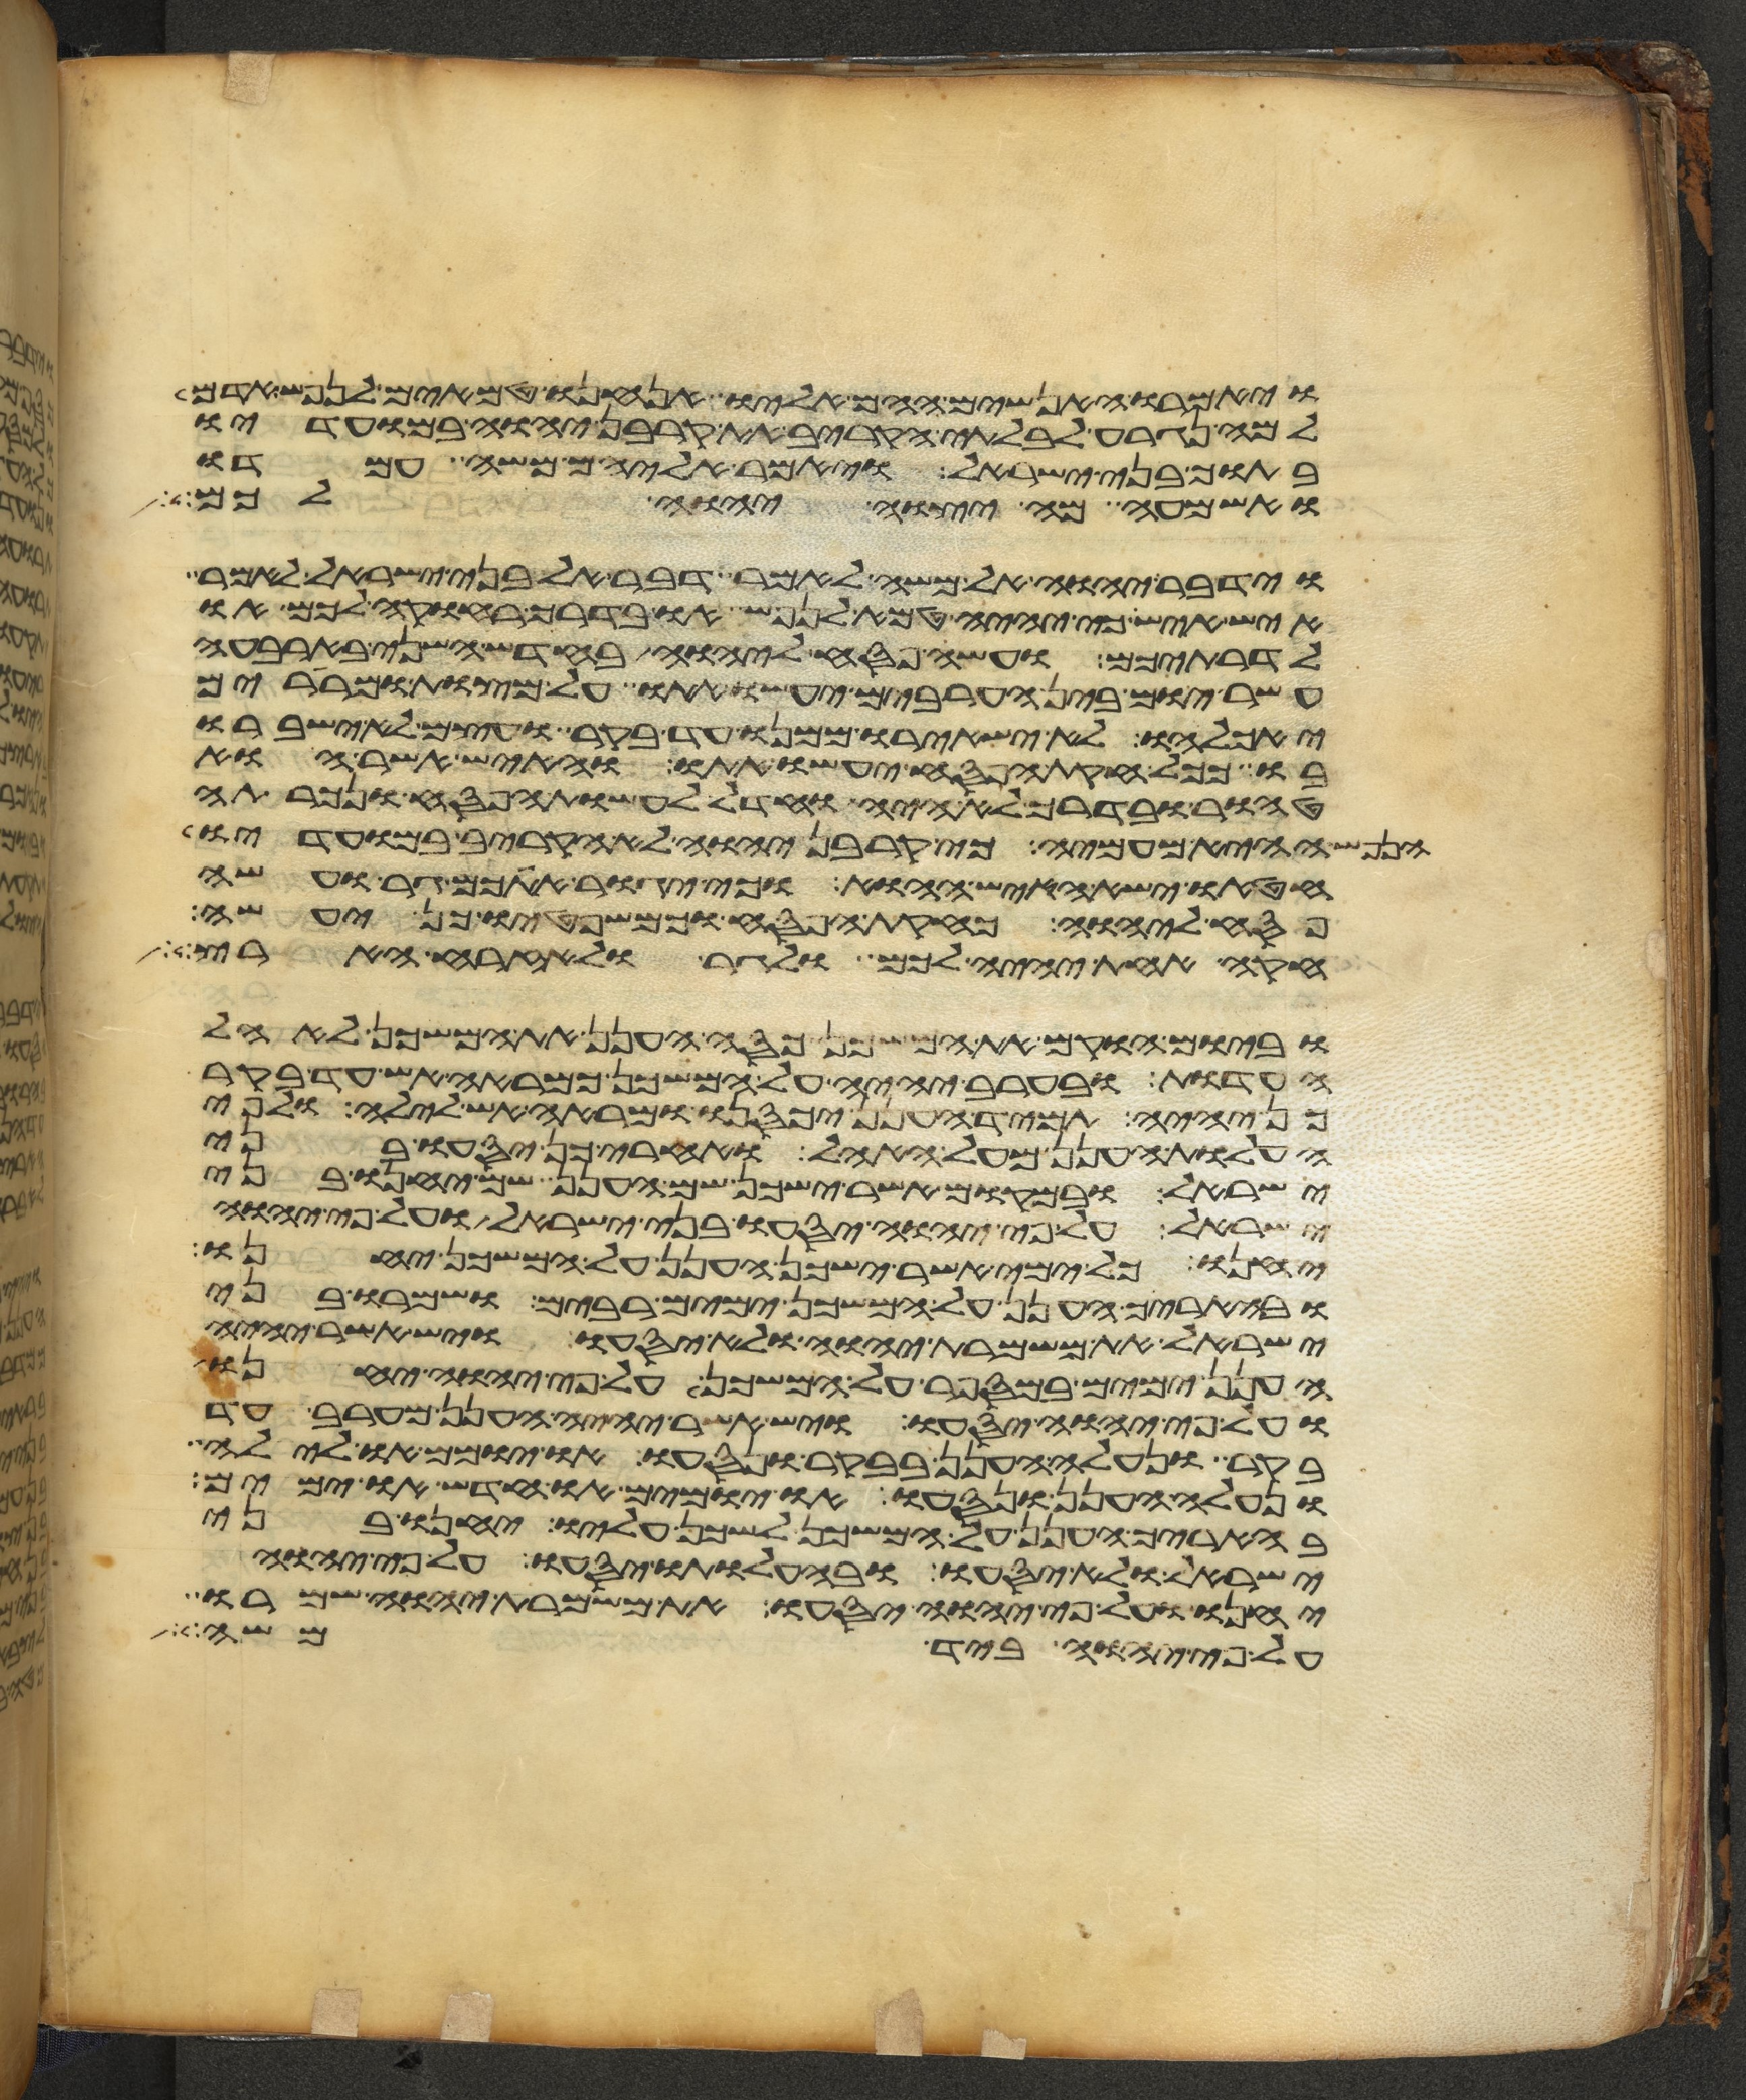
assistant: ויאמרו האנשים ההם אליו אנחנו טמאים לנפש אדם
למה נגרע לבלתי הקריב את קרבן יהוה במועדיו
בתוך בני ישראל ויאמר אליהם משה עמדו
ואשמעה מה יצוה יהוה לכם
וידבר יהוה אל משה לאמר דבר אל בני ישראל לאמר
איש איש כי יהיה טמא לנפש או בדרך רחוקה לכם או
לדרתיכם ועשה פסח ליהוה בחדש השני בארבעה
עשר יום בין הערבים יעשו אתו על מצות ומררים
יאכלהו לא ישאירו ממנו עד בקר ועצם לא ישברו
בו ככל חקות הפסח יעשו אתו והאיש אשר הוא
טהור ובדרך לא היה וחדל לעשות הפסח ונכרתה
הנפש ההיא מעמיה כי קרבן יהוה לא הקריב במועדיו
חטאו ישא האיש ההוא וכי יגור אתכם גר ועשה
פסח ליהוה כחקות הפסח וכמשפטיו כן יעשה
חקה אחת יהיה לכם ולגר ולאזרח הארץ
וביום הוקם את המשכן כסה הענן את המשכן לאהל
העדות ובערב יהיה על המשכן כמראה אש עד בקר
כן יהיה תמיד הענן יכסנו ומראה אש לילה ולפי
העלות הענן מעל האהל ואחרי כן יסעו בני
ישראל ובמקום אשר ישכן שם הענן שם יחנו בני
ישראל על פי יהוה יסעו בני ישראל ועל פי יהוה
יחנו כל ימי אשר ישכן הענן על המשכן יחנו
ובהאריך הענן על המשכן ימים רבים ושמרו בני
ישראל את משמרת יהוה ולא יסעו ויש אשר יהיה
הענן ימים במספר על המשכן על פי יהוה יחנו
ועל פי יהוה יסעו ויש אשר יהיה הענן מערב עד
בקר ונעלה הענן בבקר ונסעו או יומם ולילה
ונעלה הענן ונסעו או יומים או חדש או ימים
בהאריך הענן על המשכן לשכן עליו יחנו בני
ישראל ולא יסעו ובהעלותו יסעו על פי יהוה
יחנו ועל פי יהוה יסעו את משמרת יהוה שמרו
על פי יהוה ביד משה